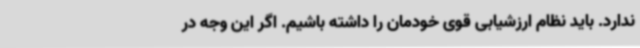
ندارد. باید نظام ارزشیابی قوی خودمان را داشته باشیم. اگر این وجه در